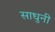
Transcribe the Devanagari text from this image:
साधुनी